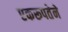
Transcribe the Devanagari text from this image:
एकरूपतेने